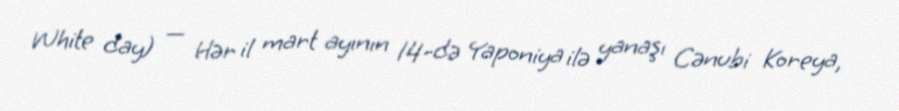
White day) — Hər il mart ayının 14-də Yaponiya ilə yanaşı Cənubi Koreya,